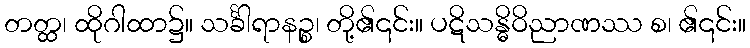
တတ္ထ၊ ထိုဂါထာ၌။ သင်္ခါရာနဉ္စ၊ တို့၏၎င်း။ ပဋိသန္ဓိဝိညာဏဿ စ၊ ၏၎င်း။